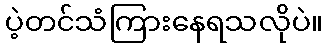
ပဲ့တင်သံကြားနေရသလိုပဲ။